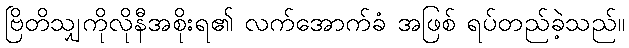
ဗြိတိသျှကိုလိုနီအစိုးရ၏ လက်အောက်ခံ အဖြစ် ရပ်တည်ခဲ့သည်။